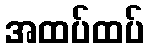
အထပ်ထပ်